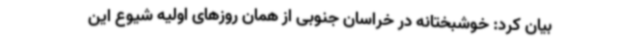
بیان کرد: خوشبختانه در خراسان جنوبی از همان روزهای اولیه شیوع این